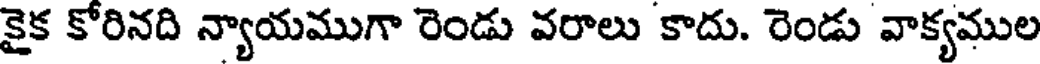
కైక కోరినది న్యాయముగా రెండు వరాలు కాదు. రెండు వాక్యముల